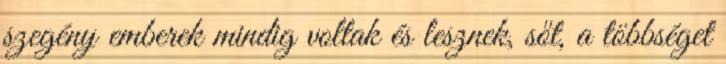
szegény emberek mindig voltak és lesznek, sőt, a többséget